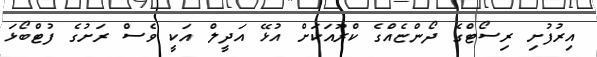
އިރުފުށި ރިސޯޓްގެ ދޯންޏެއްގެ ކްރޫއަކަށް އުޅޭ އަދީލް އަކީ ވެސް ރަށުގެ ފުޓްބޯޅަ